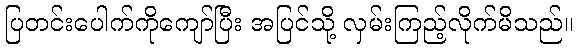
ပြတင်းပေါက်ကိုကျော်ပြီး အပြင်သို့ လှမ်းကြည့်လိုက်မိသည်။